Annual report on the working of the mental hospitals in the Madras Presidency - 1912-1932
Year: 1912
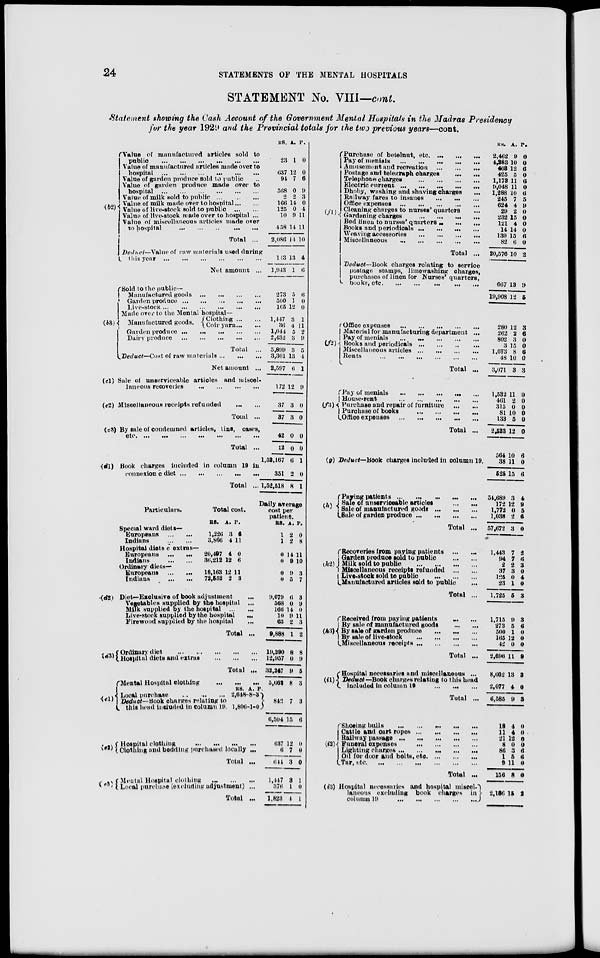
24
STATEMENTS OF THE MENTAL HOSPITALS
STATEMENT No. VIII—cont.
Statement showing the Cash Account of the Government Mental Hospitals in the Madras Presidency
for the year 1929 and the Provincial totals for the two previous years—cont.
(b2)
Value of manufactured articles sold to
public
...
...
...
...
...
...
Value of manufactured articles made over to
hospital
...
...
...
...
...
...
Value of garden produce sold to public ...
Value of garden produce made over to
hospital
...
...
...
...
...
...
Value of milk sold to public ...
...
...
Value of milk made over to hospital ... ...
Value of live-stock sold to public
...
...
Value of live-stock made over to hospital ...
Value of miscellaneous articles made over
to hospital
...
...
...
...
...
Total ...
Deduct—Value of raw materials used during
this
year
...
...
...
...
...
...
Net amount ...
RS.
23
637
94
568
2
166
125
10
458
2,086
143
1,943
A.
1
12
7
0
2
14
0
9
14
14
13
1
P.
0
0
6
9
3
0
4
11
11
10
4
6
(b3)
Sold to the public—
Manufactured goods ...
...
...
...
Garden produce ...
...
...
...
...
Live-stock
...
...
...
...
...
...
Made over to the Mental hospital—
Manufactured goods.
Clothing ... ...
Coir yarn... ...
Garden produce
...
...
...
...
...
Dairy produce
...
...
...
...
...
Total ...
Deduct—Cost of raw materials ... ... ...
Net amount ...
(c1)
(c2)
Sale of unserviceable articles and miscel-
laneous recoveries
...
...
...
...
Miscellaneous receipts refunded
...
...
Total ...
(c3) By sale of condemned articles, tins, cases,
etc.
...
...
...
...
...
...
...
Total ...
(d1) Book charges included in column 19 in
connexion c diet
...
...
...
...
...
Total ...
273
500
165
5
1
12
6
0
0
1,447
36
1,044
2,432
5,899
3,301
2,597
172
37
37
42
12
1,52,167
351
1,52,518
3
4
5
3
3
13
6
12
3
3
0
0
6
2
8
1
11
2
9
5
4
1
9
0
0
0
0
1
0
1
Particulars.
Special ward diets—
Europeans
...
...
Indians
...
...
Hospital diets c extras—
Europeans
...
...
Indians
...
...
Ordinary diets—
Europeans ... ...
Indians
...
...
(d2)
Total cost.
RS. A. P.
1,226
3,866
3
4
6
11
20,497
36,212
4
12
0
6
18,163
72,552
12
2
11
3
Diet—Exclusive of book adjustment ... ...
Vegetables supplied by the hospital ...
Milk supplied by the hospital
...
...
Live-stock supplied by the hospital
... ...
Firewood supplied by the hospital ...
Total ...
Daily average
cost per
patient.
RS. A. P.
1
1
2
2
0
8
0
0
14
9
11
10
0
0
9,079
568
166
10
63
9,888
9
5
6
0
14
9
2
1
3
7
3
9
0
11
3
2
(d3)
Ordinary diet ... ... ... ... ...
Hospital diets and extras
...
...
...
Total ...
(e1)
Mental Hospital clothing
... ... ...
Local purchase ... ... ...
Deduct— Book charges relating to
this head included in Column 19.
RS.
2,648
1,806
A.
8
1
P.
3
0
19,290
12,957
32,247
5,662
8
0
9
8
8
9
5
3
842
6,504
7
15
3
6
(e2)
Hospital clothing
...
...
...
...
Clothing and bedding purchased locally ...
Total ...
(e3)
Mental Hospital clothing
...
...
...
Local purchase (excluding adjustment) ...
Total ...
637
6
644
1,447
376
1,823
12
7
3
3
1
4
0
0
0
1
0
1
(f1)
Purchase of betelnut,
etc. ... ... ...
Pay of menials
...
...
...
...
...
Amusement and recreation
...
...
...
Postage and telegraph charges
...
...
Telephone charges
...
...
...
...
Electric current
...
...
...
...
...
Dhoby, washing and shaving charges ...
Railway fares to insanes
...
...
...
Office expenses
...
...
...
...
...
Cleaning charges to nurses' quarters ...
Gardening charges
...
...
...
...
Bed linen to nurses' quarters ... ... ...
Books and periodicals
...
...
...
...
Weaving accessories
...
...
...
...
Miscellaneous
...
...
...
...
...
Total ...
Deduct—Book charges relating to service
postage stamps, limewashing charges,
purchases of linen for Nurses' quarters,
books,
etc.
...
...
...
...
...
(f2)
Office expenses
...
...
...
...
...
Material for manufacturing department ...
Pay of menials
...
...
...
...
...
Books and periodicals
...
...
...
...
Miscellaneous articles
...
...
...
...
Rents
...
...
...
...
...
...
Total ...
Pay of menials
...
...
...
...
...
House-rent
...
...
...
...
...
Purchase and repair of furniture
...
...
Purchase of books ... ... ... ...
Office expenses
...
...
...
...
...
Total ...
(g) Deduct—Book charges included in column 19.
(h)
Paying patients ... ... ... ... ...
Sale of unserviceable articles
...
...
Sale of manufactured goods
...
...
...
Sale of garden produce
...
...
...
...
Total ...
(h2)
Recoveries from paying patients ... ...
Garden produce sold to public
...
...
Milk sold to public
...
...
...
...
Miscellaneous receipts refunded
...
...
Live-stock sold to
public
...
...
...
Manufactured articles sold to public ...
Total ...
(h3)
Received from paying patients ... ...
By sale of manufactured goods
...
...
By sale of garden produce
...
...
...
By sale of live-stock
...
...
...
...
Miscellaneous receipts ...
...
...
...
Total ...
(i1)
Hospital necessaries and miscellaneous ...
Deduct— Book charges relating to this head
included in column 19
...
... ...
Total ...
Shoeing bulls
...
...
...
...
...
Cattle and cart ropes
...
...
...
...
Railway passage
...
...
...
...
...
Funeral expenses
...
...
...
...
Lighting charges
...
...
...
...
...
Oil for door and bolts, etc.
...
...
...
Tar,
etc.
...
...
...
...
...
...
Total ...
(i3) Hospital necessaries and hospital miscel-
laneous excluding book charges in
column 19
...
...
...
...
...
RS.
2,462
4,283
403
425
1,173
9,048
1,288
245
624
29
232
121
14
139
82
20,576
667
19,908
280
262
802
3
1,673
48
3,071
1,532
461
315
81
133
2,523
564
38
525
54,689
172
1,772
1,038
57,672
1,443
94
2
37
125
23
1,725
1,715
273
500
165
42
2,696
8,662
2,077
6,585
18
11
21
8
86
1
9
156
2,186
A.
9
10
12
5
11
11
10
7
4
2
15
4
14
15
6
10
13
12
12
2
3
15
8
10
3
11
2
0
10
5
12
10
11
15
3
12
0
2
3
7
7
2
3
0
1
5
9
5
1
12
0
11
13
4
9
4
4
12
0
3
5
11
8
15
P.
0
0
6
0
6
0
6
5
9
0
0
0
0
6
0
2
9
5
3
6
0
0
6
0
3
0
0
0
0
0
0
6
0
6
4
9
5
6
0
2
6
3
0
4
0
3
3
6
0
0
0
9
3
0
3
0
0
0
0
6
6
0
0
2